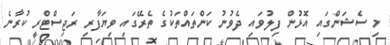
މި ސެޝަންގައި އޮޅުން ފިލުވައި ދެވުނު ކަންތައްތަކުގެ ތެރޭގައި ވިޔަފާރި ރަޖިސްޓްރީ ކުރާނެ